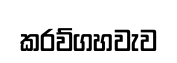
කරව්ගහවැව